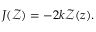
\begin{array} { r } { J ( \mathcal { Z } ) = - 2 k \mathcal { Z } ( z ) . } \end{array}